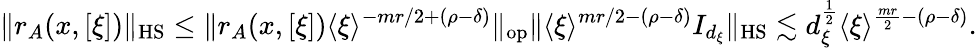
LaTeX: \Vert r_{A}(x,[\xi])\Vert_{\textnormal{HS}}\leq\Vert r_{A}(x,[\xi])\langle\xi\rangle^{-mr/2+(\rho-\delta)}\Vert_{\textnormal{op}}\Vert\langle\xi\rangle^{mr/2-(\rho-\delta)}I_{d_{\xi}}\Vert_{\textnormal{HS}}\lesssim d_{\xi}^{\frac{1}{2}}\langle\xi\rangle^{\frac{mr}{2}-(\rho-\delta)}.